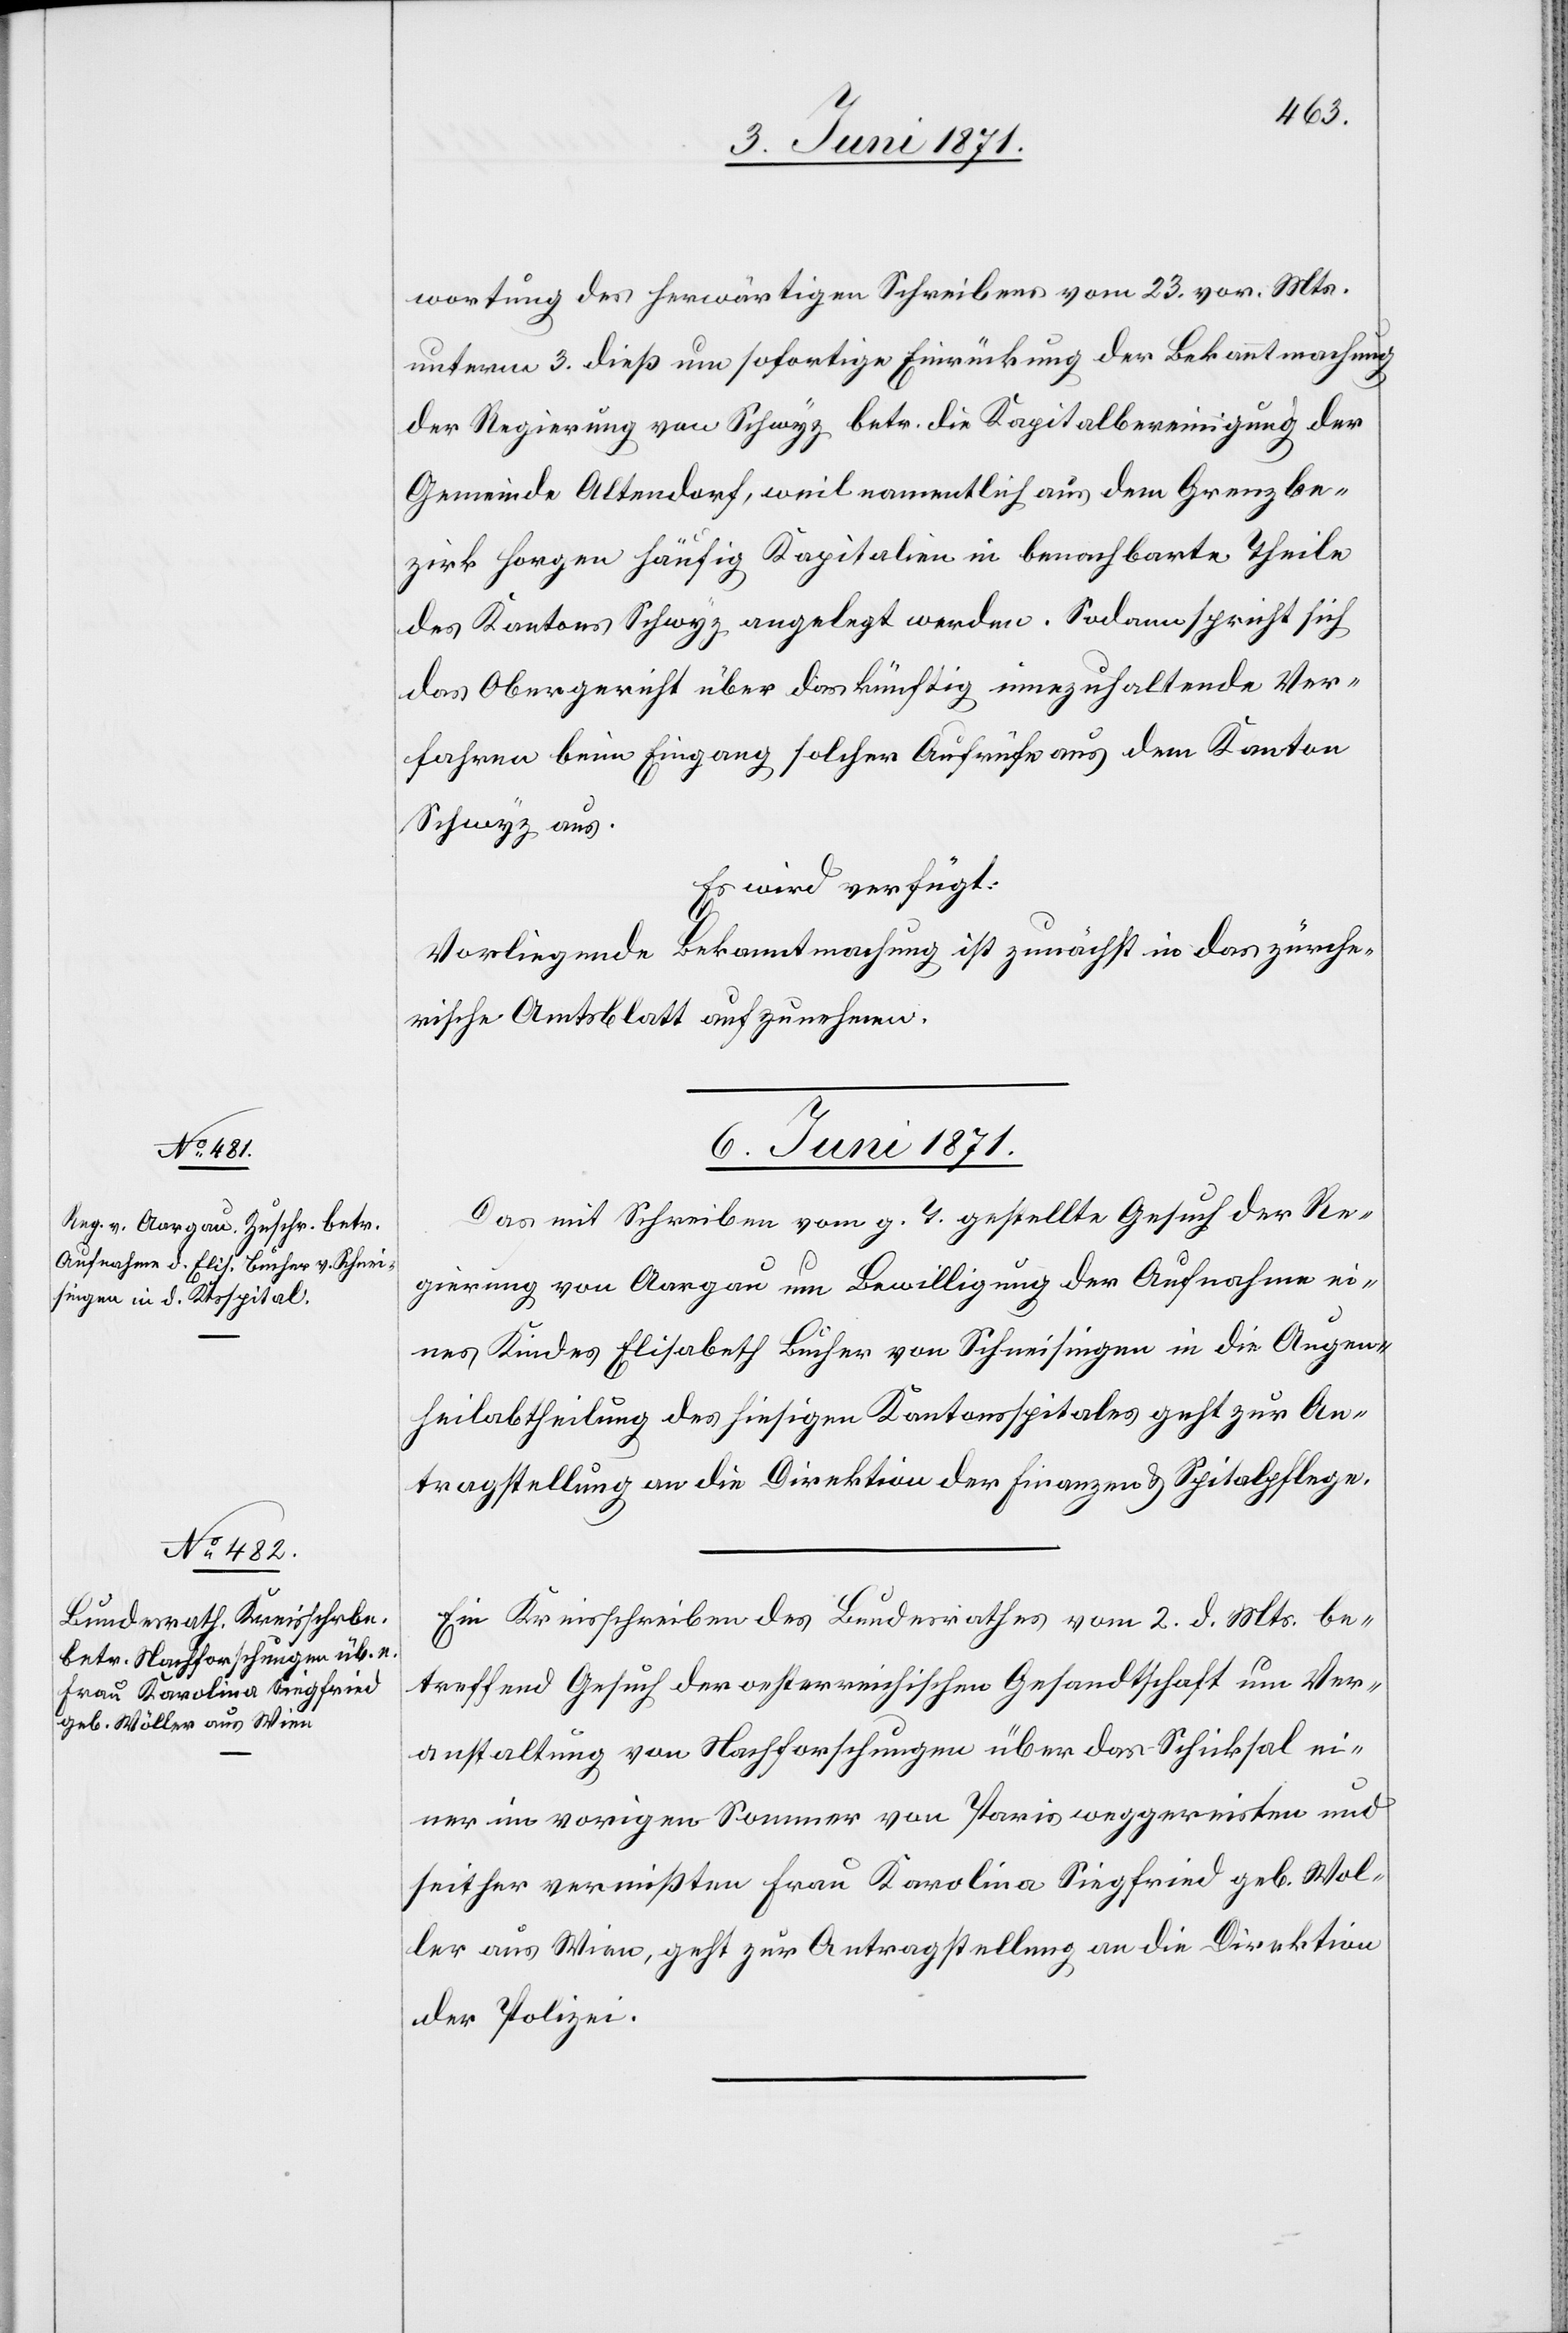
wortung des herwärtigen Schreibens vom 23. vor. Mts.
unterm 3. dieß um sofortige Einrückung der Bekanntmachung
der Regierung von Schwyz betr. die Kapitalbereinigung der
Gemeinde Altendorf, weil namentlich aus dem Grenzbe¬
zirk Horgen häufig Kapitalien in benachbarte Theile
des Kantons Schwyz angelegt werden. Sodann spricht sich
das Obergericht über das künftig innezuhaltende Ver¬
fahren beim Eingang solcher Aufrüfe aus dem Kanton
Schwyz aus.
Es wird verfügt:
Vorliegende Bekanntmachung ist zunächst in das zürche¬
rische Amtsblatt aufzunehmen.
6. Juni 1871.]
Das mit Schreiben vom g. T. gestellte Gesuch der Re¬
gierung von Aargau um Bewilligung der Aufnahme ei¬
nes Kindes Elisabeth Bucher von Schneisingen in die Augen¬
heilabtheilung des hiesigen Kantonsspitales geht zur An¬
tragstellung an die Direktion der Finanzen u. Spitalpflege.
Ein Kreisschreiben des Bundesrathes vom 2. d. Mts. be¬
treffend Gesuch der oesterreichischen Gesandtschaft um Ver¬
anstaltung von Nachforschungen über das Schicksal ei¬
ner im vorigen Sommer von Paris weggereisten und
seither vermißten Frau Karolina Siegfried geb. Woller
aus Wien, geht zur Antragstellung an die Direktion
der Polizei.